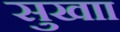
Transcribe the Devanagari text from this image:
सुखाा